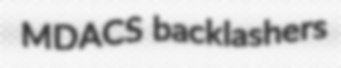
MDACS backlashers